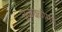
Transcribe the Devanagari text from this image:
चळवळीमधे